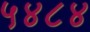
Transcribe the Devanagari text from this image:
५४८४